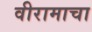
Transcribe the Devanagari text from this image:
वीरामाचा